Annual report of the Madras Medical College
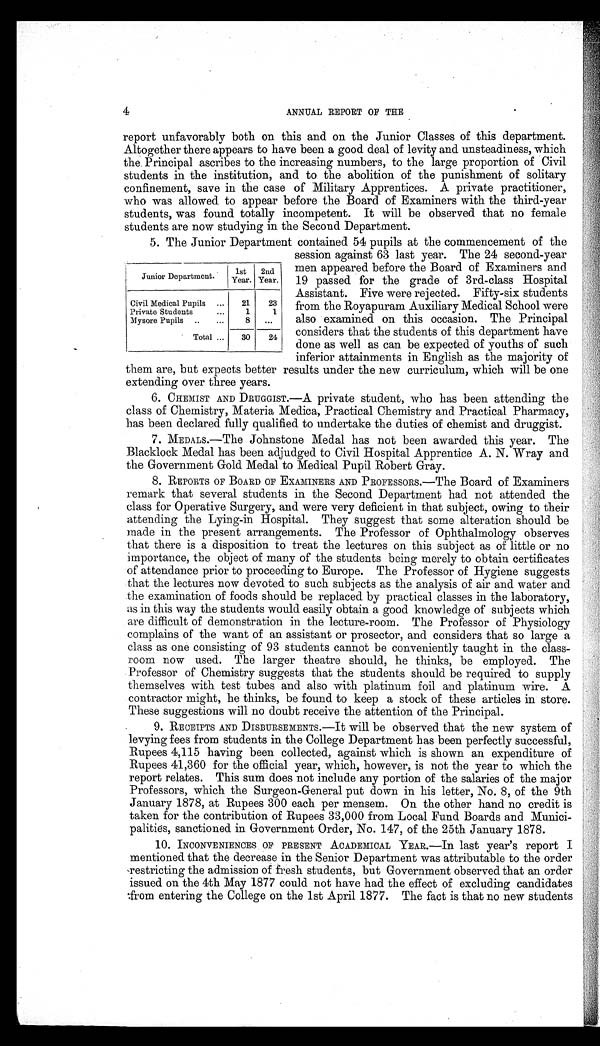
4
ANNUAL REPORT OF THE
-
report unfavorably both on this and on the Junior Classes of this department.
Altogether there appears to have been a good deal of levity and unsteadiness, which
the. Principal ascribes to the increasing numbers, to the large proportion of Civil
students in the institution, and to the abolition of the punishment of solitary
confinement, save in the case of Military Apprentices. A private practitioner,
who was allowed to appear before the Board of Examiners with the third-year
students, was found totally incompetent. It will be observed that no female
students are now studying in the Second Department.
5. The Junior Department contained 54 pupils at the commencement of the
session against 63 last year. The 24 second-year
men appeared before the Board of Examiners and
19 passed for the grade of 3rd-class Hospital
Assistant. Five were rejected. Fifty-six students
from the Royapuram Auxiliary Medical School were
also examined on this occasion. The Principal
considers that the students of this department have
done as well as can be expected of youths of such
inferior attainments in English as the majority of
them are, but expects better results under the new curriculum, which will be one
extending over three years.
6. CHEMIST AND DRUGGIST.—A private student, who has been attending the
class of Chemistry, Materia Medica, Practical Chemistry and Practical Pharmacy,
has been declared fully qualified to undertake the duties of chemist and druggist.
7. MEDALS.—The Johnstone Medal has not been awarded this year. The
Blacklock Medal has been adjudged to Civil Hospital Apprentice A. N. Wray and
the Government Gold. Medal to Medical Pupil Robert Gray.
8. REPORTS OF BOARD OF EXAMINERS AND PROFESSORS.—The Board of Examiners
remark that several students in the Second Department had not attended the
class for Operative Surgery, and were very deficient in that subject, owing to their
attending the Lying-in Hospital. They suggest that some alteration should be
made in the present arrangements. The Professor of Ophthalmology observes
that there is a disposition to treat the lectures on this subject as of little or no
importance, the object of many of the students being merely to obtain certificates
of attendance prior to proceeding to Europe. The Professor of Hygiene suggests
that the lectures now devoted to such subjects as the analysis of air and water and
the examination of foods should be replaced by practical classes in the laboratory,
as in this way the students would easily obtain a good knowledge of subjects which
are difficult of demonstration in the lecture-room. The Professor of Physiology
complains of the want of an assistant or prosector, and considers that so large a
class as one consisting of 93 students cannot be conveniently taught in the class-
room now used. The larger theatre should, he thinks, be employed. The
Professor of Chemistry suggests that the students should be required to supply
themselves with test tubes and also with platinum foil and platinum wire. A
contractor might, he thinks, be found to keep a stock of these articles in store.
These suggestions will no doubt receive the attention of the Principal.
9. RECEIPTS AND DISBURSEMENTS.—It will be observed that the new system of
levying fees from students in the College Department has been perfectly successful,
Rupees 4,115 having been collected, against which is shown an expenditure of
Rupees 41,360 for the official year, which, however, is not the year to which the
report relates. This sum does not include any portion of the salaries of the major
Professors, which the Surgeon-General put down in his letter, No. 8, of the 9th
January 1878, at Rupees 300 each per mensem. On the other hand no credit is
taken for the contribution of Rupees 33,000 from Local Fund Boards and Munici-
palities, sanctioned in Government Order, No. 147, of the 25th January 1878.
10. INCONVENIENCES OF PRESENT ACADEMICAL YEAR.—In last year's report I
mentioned that the decrease in the Senior Department was attributable to the order
'restricting the admission of fresh students, but Government observed that an order
issued on the 4th May 1877 could not have had the effect of excluding candidates
:from entering the College on the 1st April 1877. The fact is that no new students
Junior Department.
Civil Medical Pupils
•
1st
2nd
Year. Year.
...
21
23
Private Students
...
1
1
Mysore Pupils
..
...
8
...
...
30
24
Total